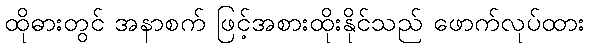
ထိုဓားတွင် အနာစက် ဖြင့်အစားထိုးနိုင်သည် ဖောက်လုပ်ထား